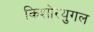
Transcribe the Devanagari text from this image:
किशोरयुगल